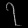
Digit: ၇